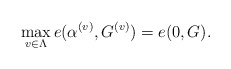
\begin{align*} \max_{v\in\Lambda} e(\alpha^{(v)}, G^{(v)}) = e(0, G).\end{align*}